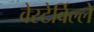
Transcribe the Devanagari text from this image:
वेस्टेर्विल्ले